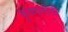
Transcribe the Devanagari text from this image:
कृष्णनीती